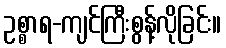
ဥစ္စာရ-ကျင်ကြီးစွန့်လိုခြင်း။